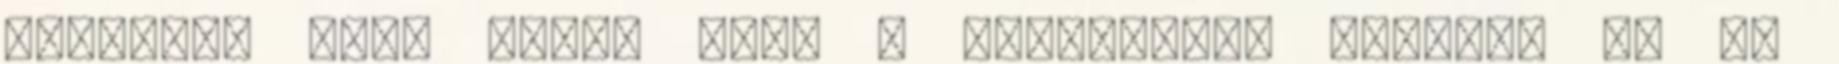
kellesz, amíg öntöd bele a kurvadrága Calgont és az